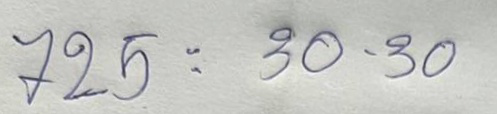
725 = 30 - 30